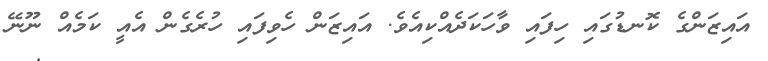
އައިޒަންގެ ކޮނޑުގައި ހިފައި ވާހަކަދެއްކިއެވެ. އައިޒަން ހެވިފައި ހުރެގެން އެއީ ކަމެއް ނޫނޭ